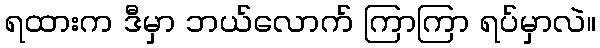
ရထားက ဒီမှာ ဘယ်လောက် ကြာကြာ ရပ်မှာလဲ။